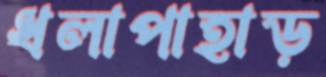
ধলাপাহাড়